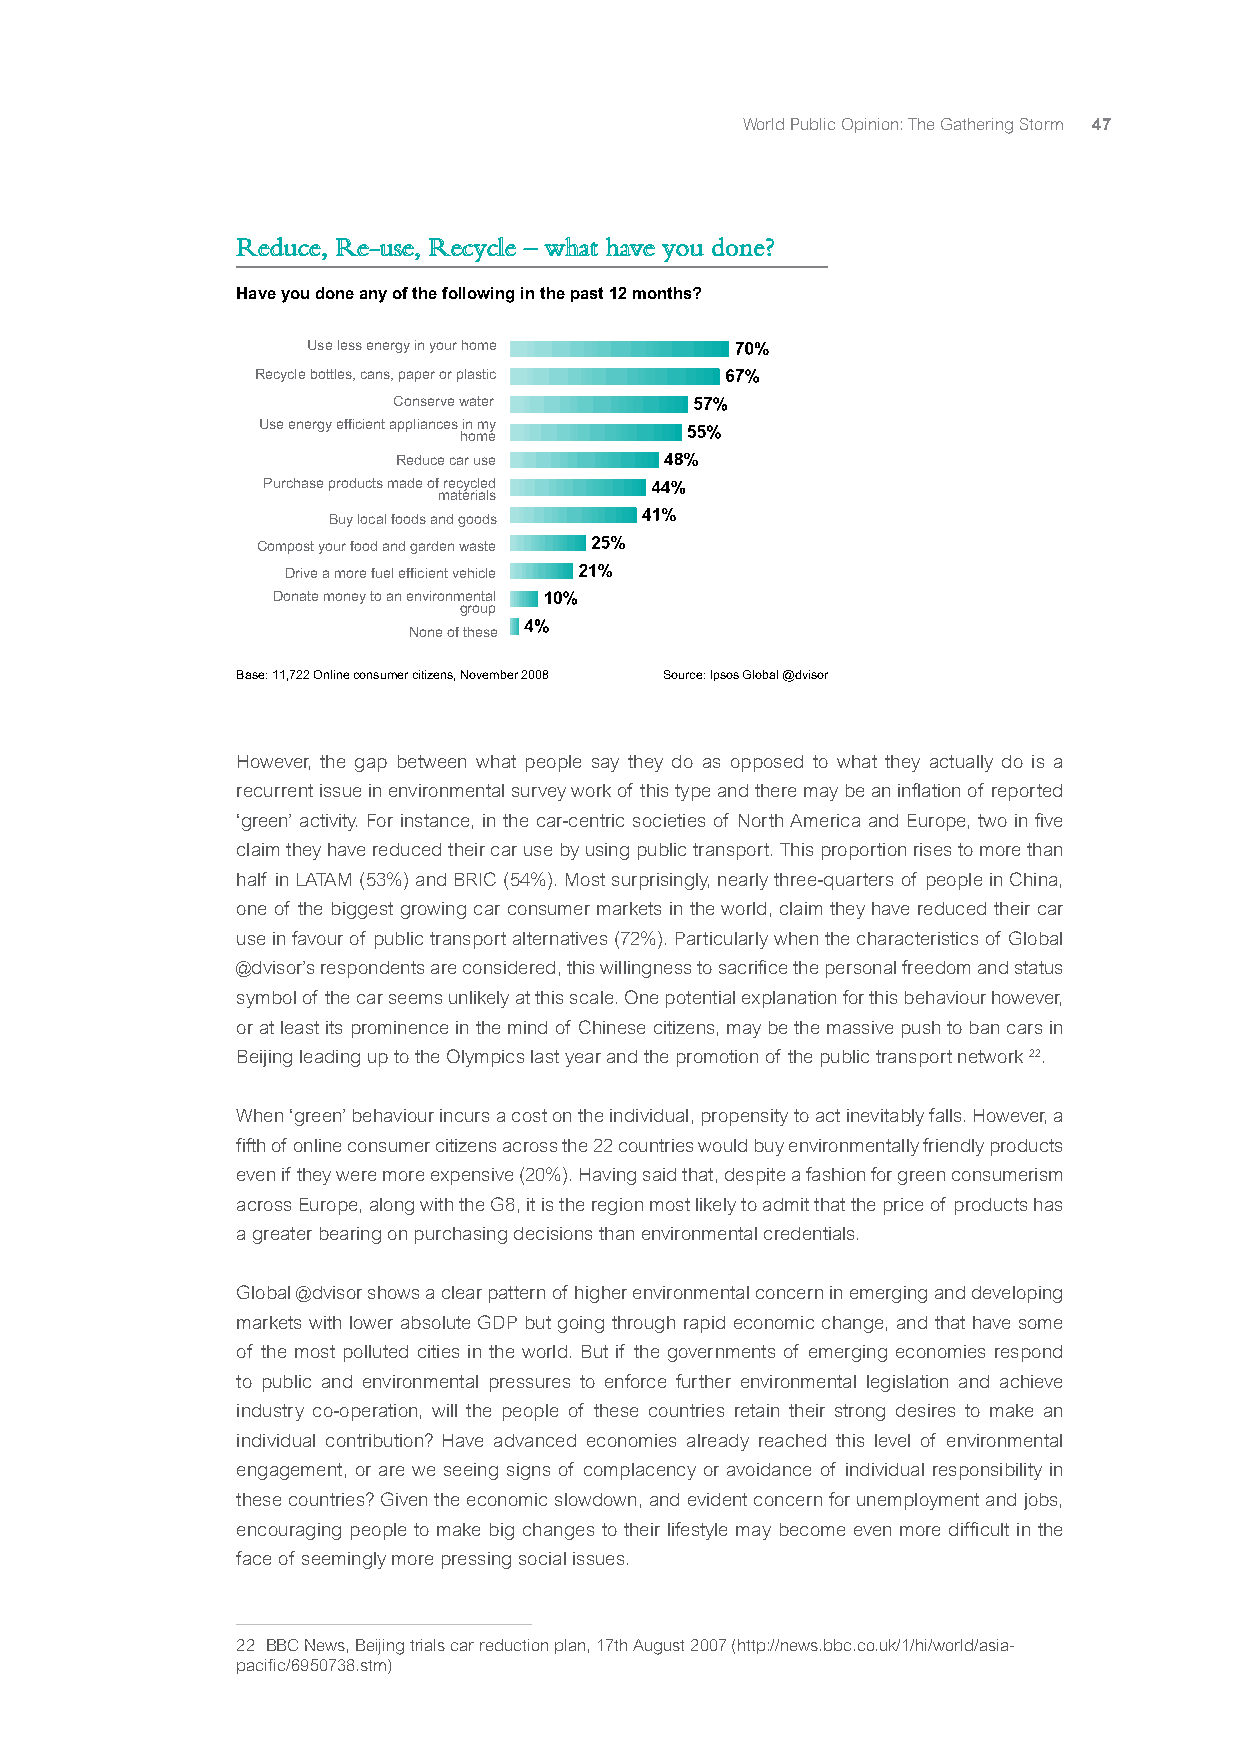
World Public Opinion: The Gathering Storm 47
 Reduce, Re-use, Recycle – what have you done?
 Have you done any of the following in the past 12 months?
 Use less energy in your home
 Recycle bottles, cans, paper or plastic
 Conserve water
 Use energy efficient appliances in my
 home
 Reduce car use
 Purchase products made of recycled
 materials
 Buy local foods and goods
 Compost your food and garden waste
 Drive a more fuel efficient vehicle
 Donate money to an environmental
 group
 None of these
 Base: 11,722 Online consumer citizens, November 2008 Source: Ipsos Global @dvisor
 However, the gap between what people say they do as opposed to what they actually do is a
 recurrent issue in environmental survey work of this type and there may be an inflation of reported
 ‘green’ activity. For instance, in the car-centric societies of North America and Europe, two in five
 claim they have reduced their car use by using public transport. This proportion rises to more than
 half in LATAM (53%) and BRIC (54%). Most surprisingly, nearly three-quarters of people in China,
 one of the biggest growing car consumer markets in the world, claim they have reduced their car
 use in favour of public transport alternatives (72%). Particularly when the characteristics of Global
 @dvisor’s respondents are considered, this willingness to sacrifice the personal freedom and status
 symbol of the car seems unlikely at this scale. One potential explanation for this behaviour however,
 or at least its prominence in the mind of Chinese citizens, may be the massive push to ban cars in
 Beijing leading up to the Olympics last year and the promotion of the public transport network 22.
 When ‘green’ behaviour incurs a cost on the individual, propensity to act inevitably falls. However, a
 fifth of online consumer citizens across the 22 countries would buy environmentally friendly products
 even if they were more expensive (20%). Having said that, despite a fashion for green consumerism
 across Europe, along with the G8, it is the region most likely to admit that the price of products has
 a greater bearing on purchasing decisions than environmental credentials.
 Global @dvisor shows a clear pattern of higher environmental concern in emerging and developing
 markets with lower absolute GDP but going through rapid economic change, and that have some
 of the most polluted cities in the world. But if the governments of emerging economies respond
 to public and environmental pressures to enforce further environmental legislation and achieve
 industry co-operation, will the people of these countries retain their strong desires to make an
 individual contribution? Have advanced economies already reached this level of environmental
 engagement, or are we seeing signs of complacency or avoidance of individual responsibility in
 these countries? Given the economic slowdown, and evident concern for unemployment and jobs,
 encouraging people to make big changes to their lifestyle may become even more difficult in the
 face of seemingly more pressing social issues.
 22 BBC News, Beijing trials car reduction plan, 17th August 2007 (http://news.bbc.co.uk/1/hi/world/asia-
 pacific/6950738.stm)